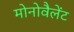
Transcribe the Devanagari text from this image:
मोनोवैलेंट